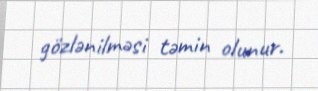
gözlənilməsi təmin olunur.